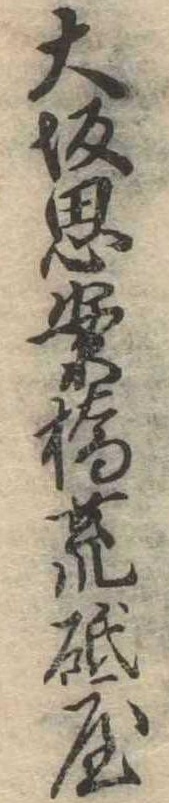
大坂思案橋荒砥屋